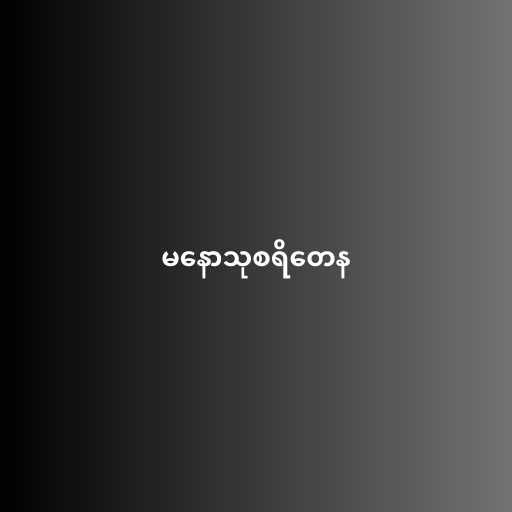
မနောသုစရိတေန